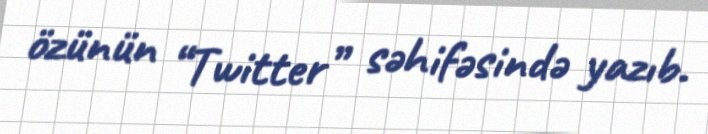
özünün “Twitter” səhifəsində yazıb.